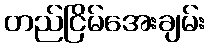
တည်ငြိမ်အေးချမ်း